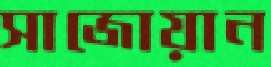
সাজোয়ান